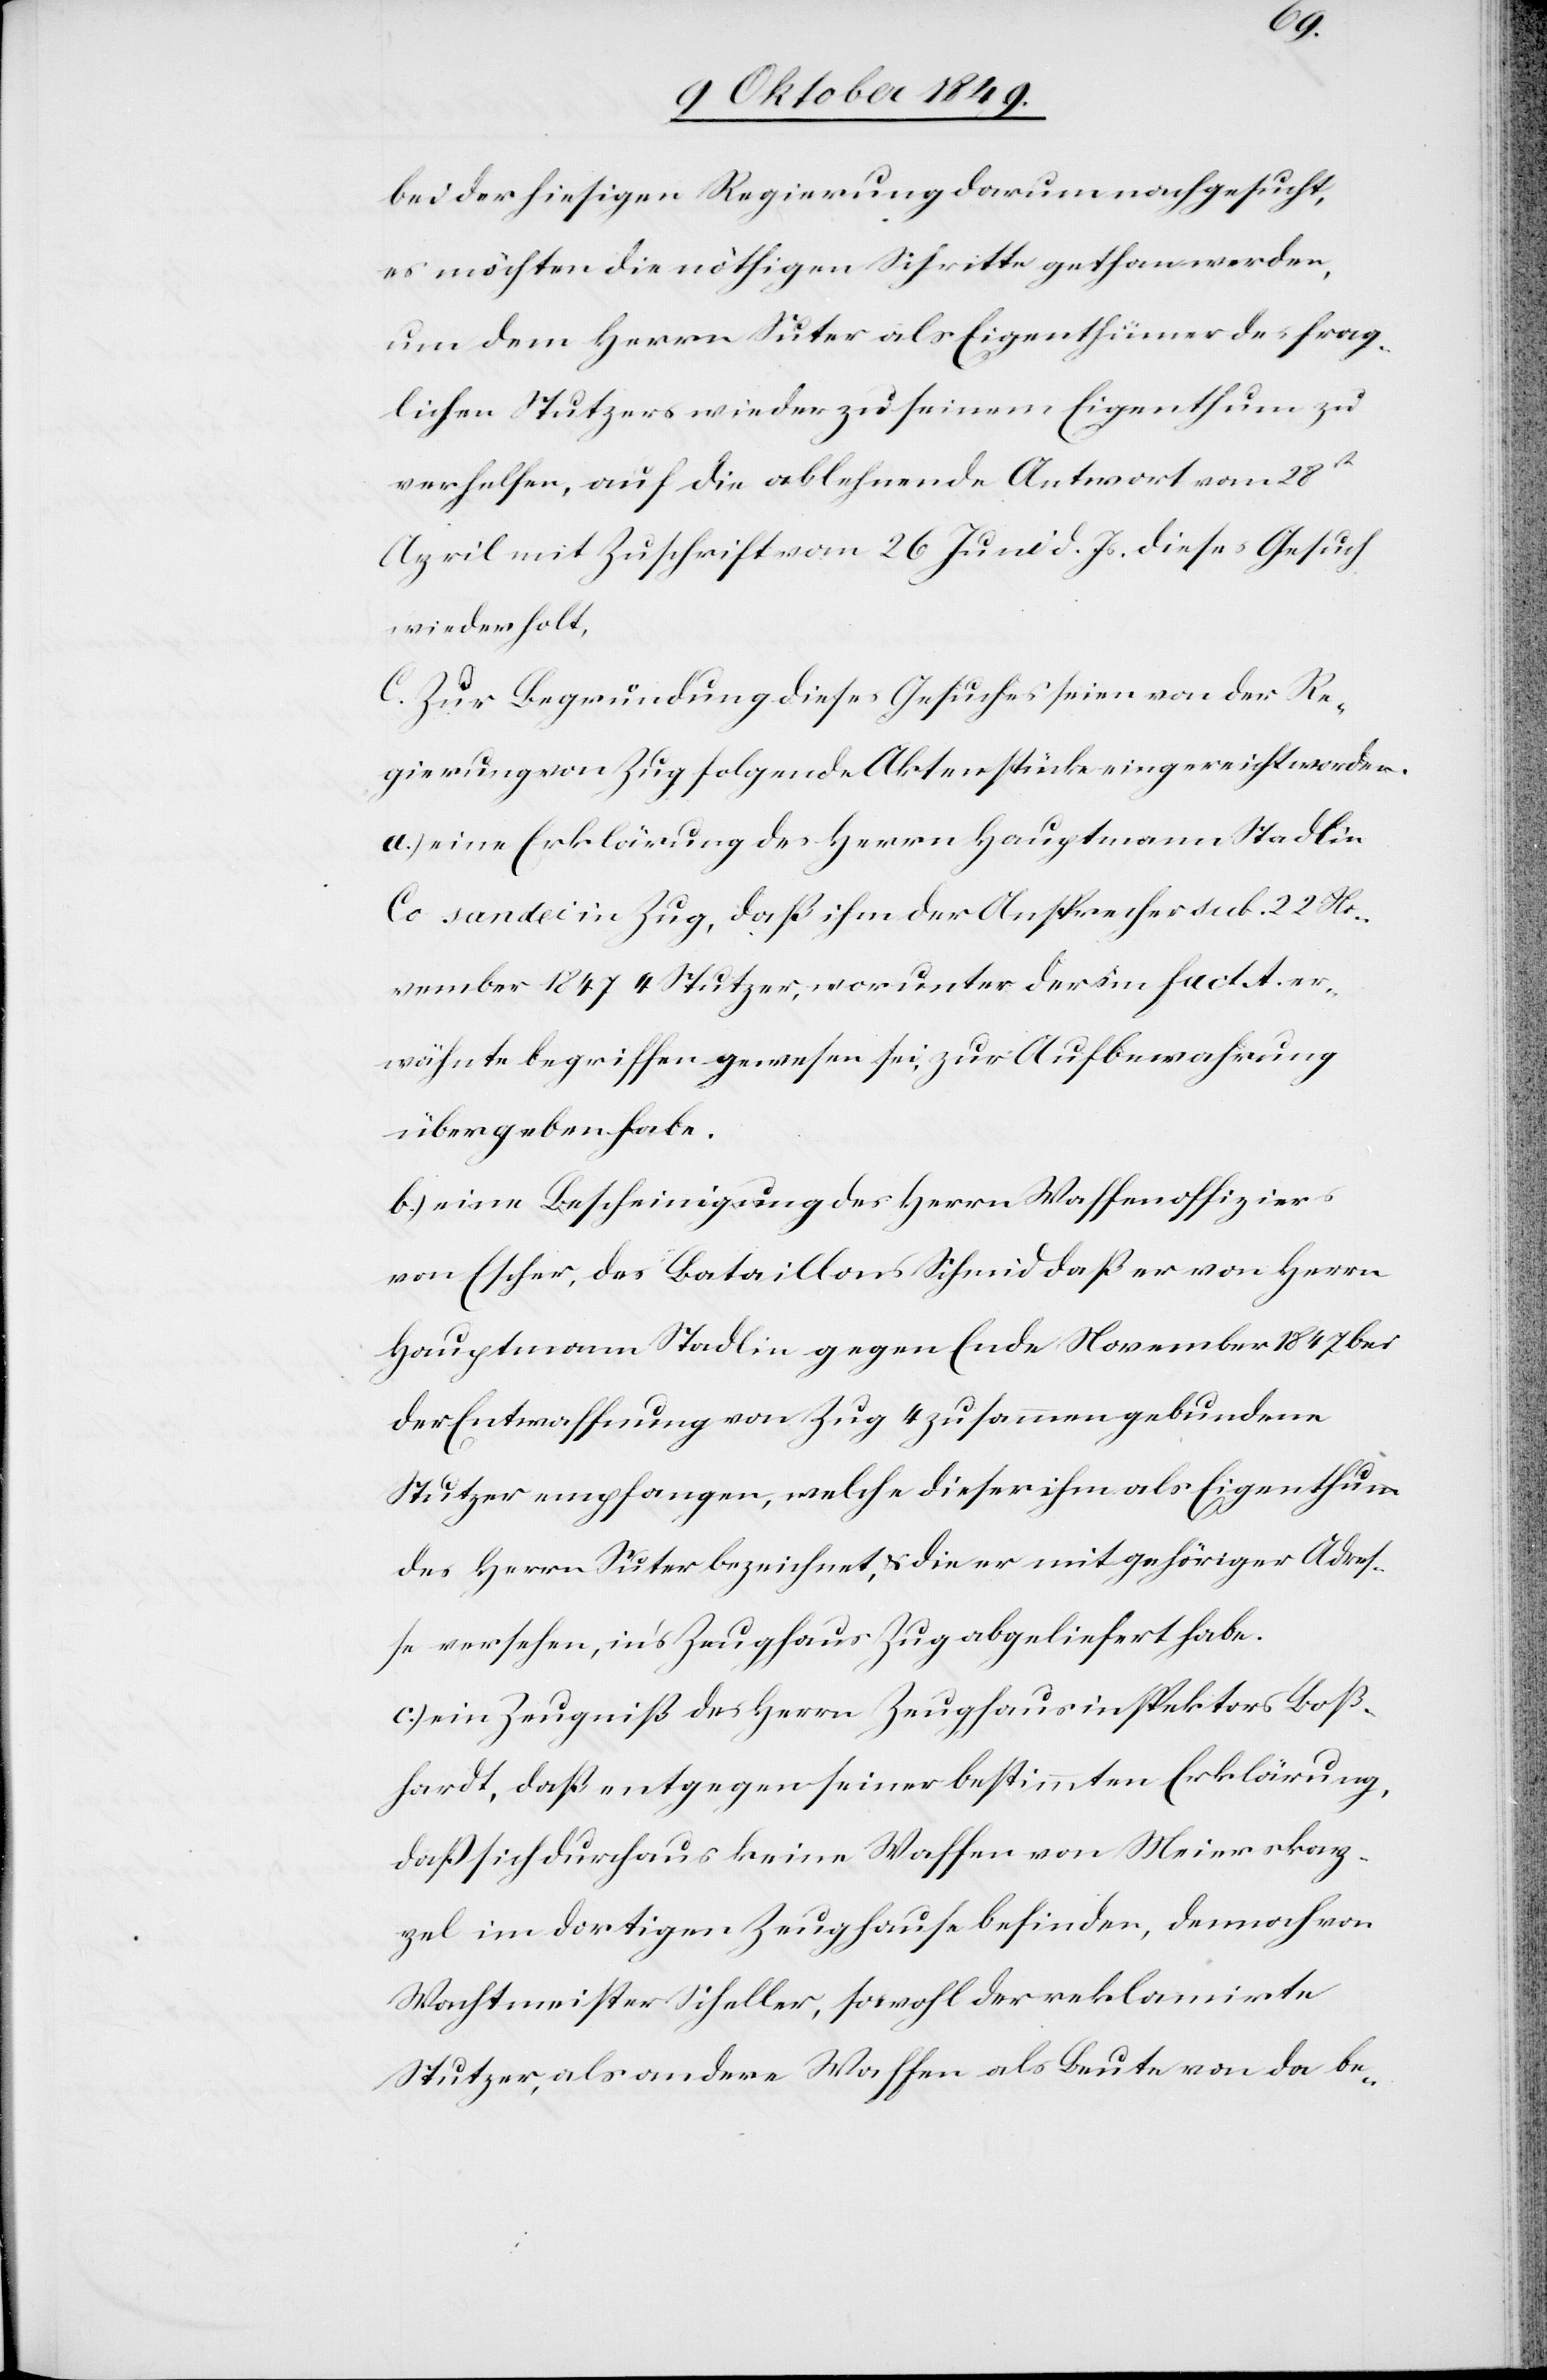
bei der hiesigen Regierung darum nachgesucht,
es möchten die nöthigen Schritte gethan werden,
um dem Herrn Suter als Eigenthümer des frag¬
lichen Stutzers wieder zu seinem Eigenthum zu
verhelfen, auf die ablehnende Antwort vom 28t
April mit Zuschrift vom 26 Juni d. Js. dieses Gesuch
wiederholt,
C. Zur Begründung dieses Gesuches seien von der Re¬
gierung von Zug folgende Aktenstücke eingereicht worden.
a) eine Erklärung des Herrn Hauptmann Stadlin
Co sandei [sic!] in Zug, daß ihm der Ansprecher sub. 22 No¬
vember 1847 4 Stutzer, worunter der in fact. A. er¬
wähnte begriffen gewesen sei, zur Aufbewahrung
übergeben habe.
b) eine Bescheinigung des Herrn Waffenoffiziers
von Escher, des Bataillons Schmid daß er von Herrn
Hauptmann Stadlin gegen Ende November 1847 bei
der Entwaffnung von Zug 4 zusammengebundene
Stutzer empfangen, welche dieser ihm als Eigenthum
des Herrn Suter bezeichnet, u. die er mit gehöriger Adres¬
se versehen, in’s Zeughaus Zug abgeliefert habe.
c) ein Zeugniß des Herrn Zeughausinspektors Boß¬
hardt, daß entgegen seiner bestimmten Erklärung,
daß sich durchaus keine Waffen von Meierkap¬
pel im dortigen Zeughause befinden, dennoch von
Wachtmeister Scheller, sowohl der reklamirte
Stutzer, als andere Waffen als Beute von da be-